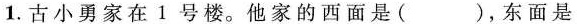
1.古小勇家在1号楼。他家的西面是( )，东面是